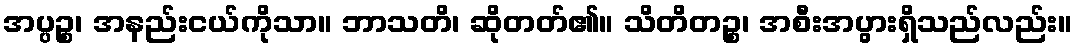
အပ္ပဉ္စ၊ အနည်းငယ်ကိုသာ။ ဘာသတိ၊ ဆိုတတ်၏။ သိတိတဉ္စ၊ အစီးအပွားရှိသည်လည်း။